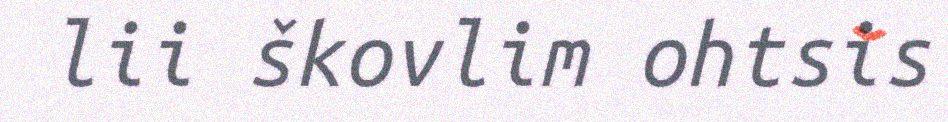
lii škovlim ohtsis